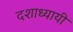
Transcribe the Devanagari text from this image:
दशाध्यायी